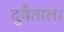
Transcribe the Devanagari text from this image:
दुवैताला